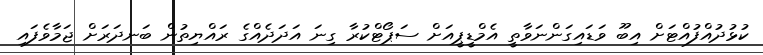
ކުޅުދުއްފުއްޓަށް އިބޫ ވަޑައިގަންނަވާތީ އެމްޑީޕީއަށް ސަޕޯޓްކުރާ ގިނަ އަދަދެއްގެ ރައްޔިތުން ބަނދަރަށް ޖަމާވެފައި